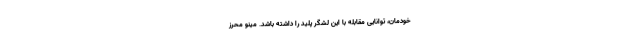
خودمان، توانایی مقابله با این لشگر پلید را داشته باشد. مینو محرز